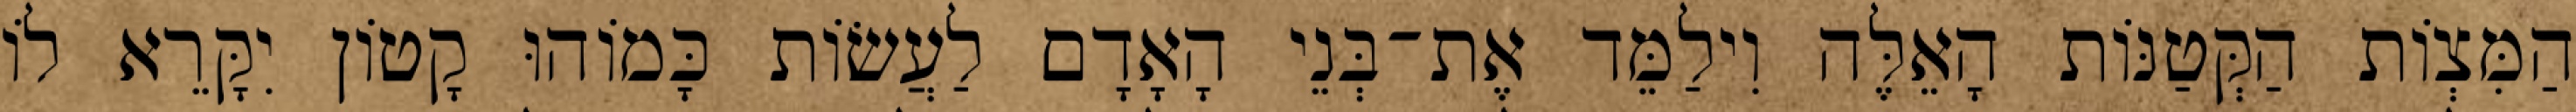
הַמִּצְוֹת הַקְּטַנּוֹת הָאֵלֶּה וִילַמֵּד אֶת־בְּנֵי הָאָדָם לַעֲשׂוֹת כָּמוֹהוּ קָטוֹן יִקָּרֵא לוֹ